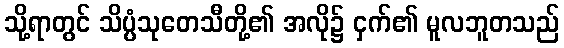
သို့ရာတွင် သိပ္ပံသုတေသီတို့၏ အလို၌ ငှက်၏ မူလဘူတသည်